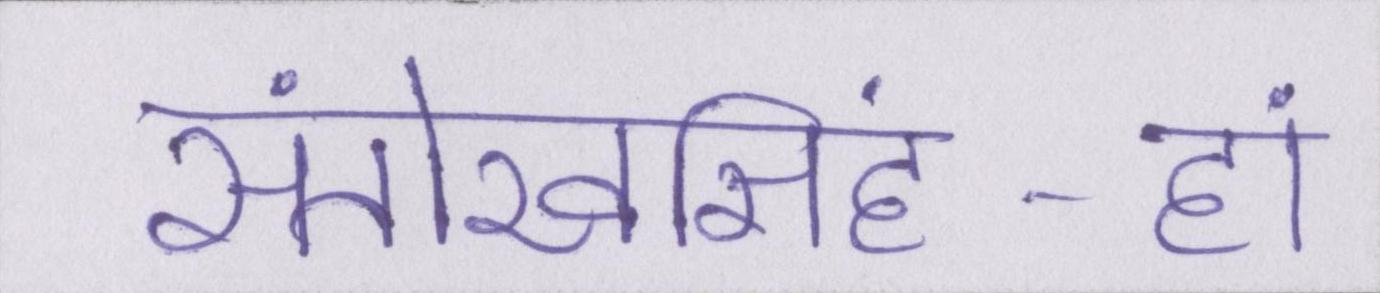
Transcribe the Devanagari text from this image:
संतोखसिंह-हां